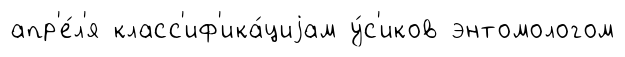
апр'е́л'я класс'иф'ика́циjам у́с'иков энтомологом